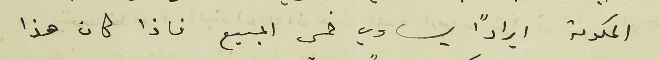
الحكومة ايرادًا يساوي خمس المبيع فاذا كان هذا